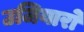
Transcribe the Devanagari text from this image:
उजियारो